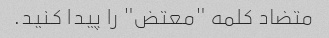
متضاد کلمه "معتض" را پیدا کنید.